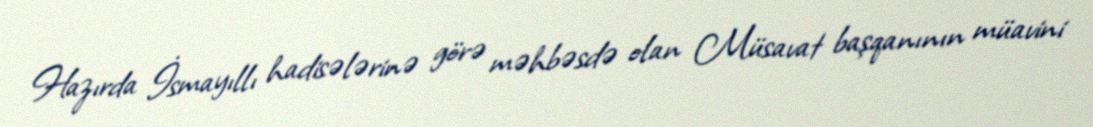
Hazırda İsmayıllı hadisələrinə görə məhbəsdə olan Müsavat başqanının müavini